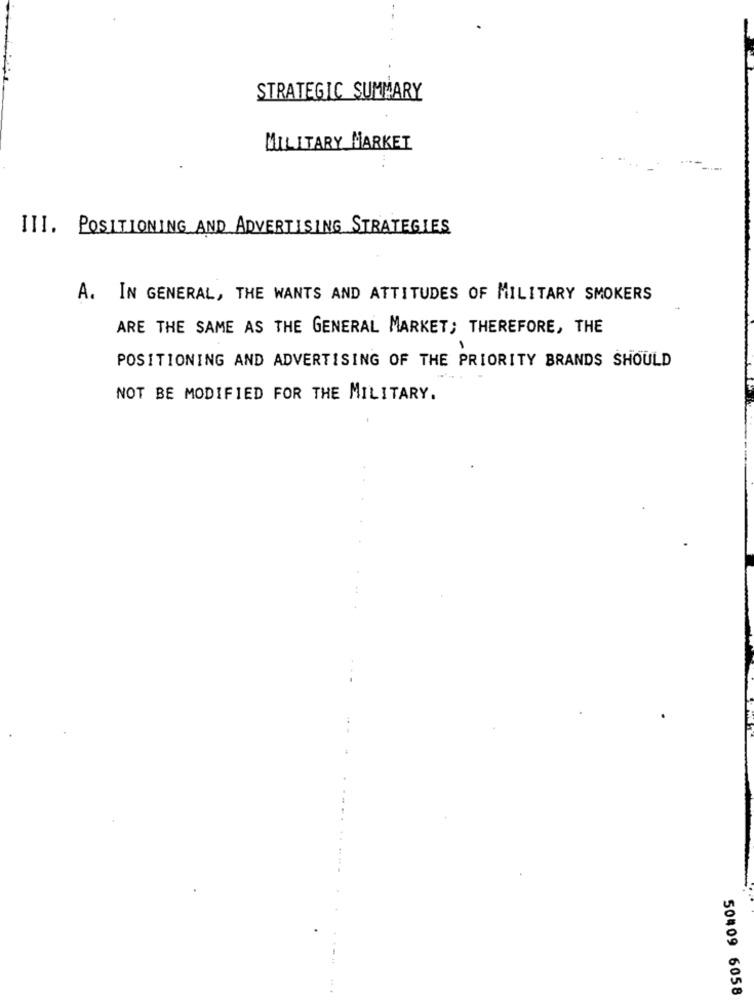
STRATEGIC SUMMARY
MILITARY MARKET
III. POSITIONING AND ADVERTISING STRATEGIES
A. IN GENERAL, THE WANTS AND ATTITUDES OF MILITARY SMOKERS
ARE THE SAME AS THE GENERAL MARKET; THEREFORE, THE
POSITIONING AND ADVERTISING OF THE PRIORITY BRANDS SHOULD
NOT BE MODIFIED FOR THE MILITARY.
50409 6058